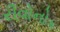
રીવોનોક